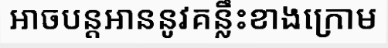
អាចបន្តអាននូវគន្លឹះខាងក្រោម